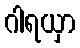
ဂါရယှာ